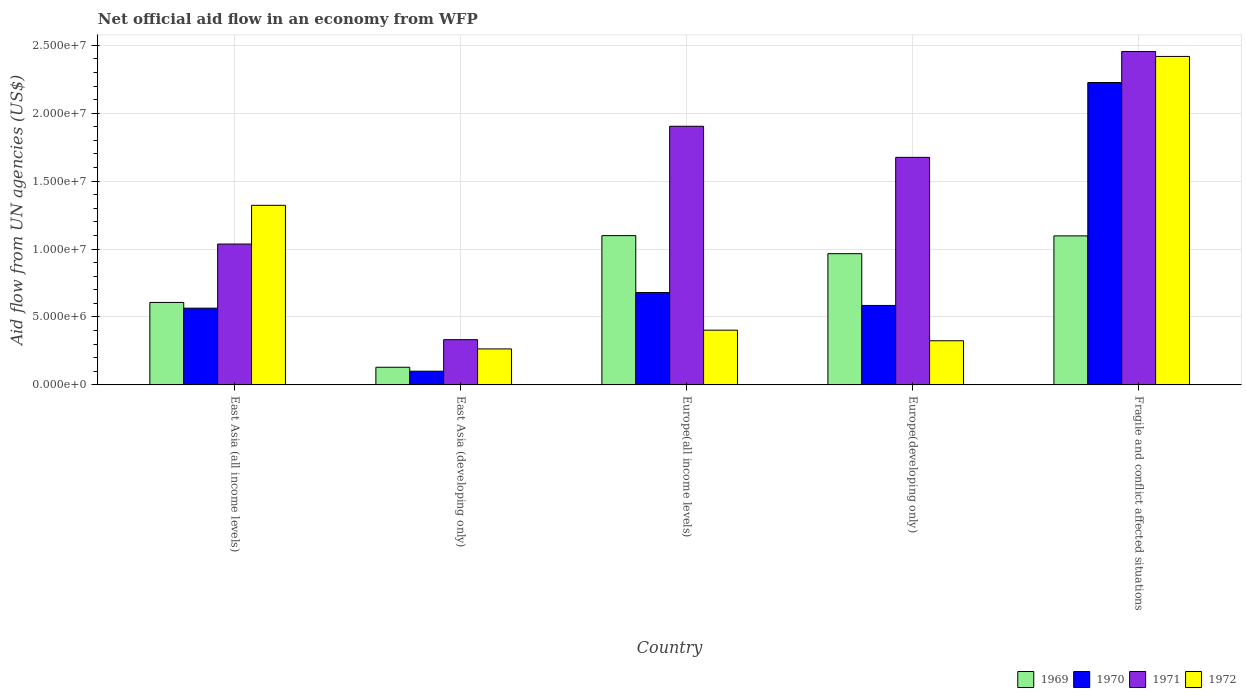
| Country | 1969 | 1970 | 1971 | 1972 |
 | --- | --- | --- | --- | --- |
 | East Asia (all income levels) | 6.07e+06 | 5.65e+06 | 1.04e+07 | 1.32e+07 |
 | East Asia (developing only) | 1.3e+06 | 1.01e+06 | 3.33e+06 | 2.65e+06 |
 | Europe(all income levels) | 1.1e+07 | 6.8e+06 | 1.9e+07 | 4.03e+06 |
 | Europe(developing only) | 9.66e+06 | 5.85e+06 | 1.68e+07 | 3.25e+06 |
 | Fragile and conflict affected situations | 1.1e+07 | 2.23e+07 | 2.45e+07 | 2.42e+07 |